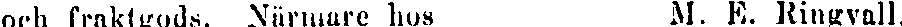
och fraktgods. Närmare hos M. E. Ringvall.